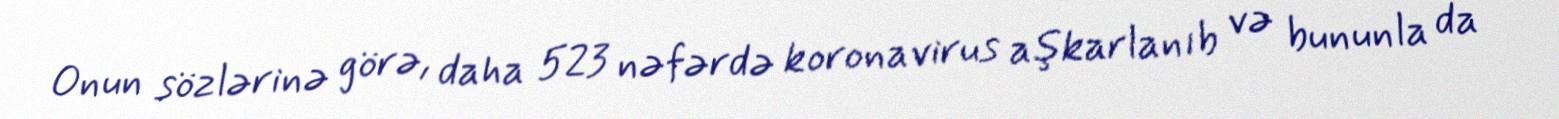
Onun sözlərinə görə, daha 523 nəfərdə koronavirus aşkarlanıb və bununla da